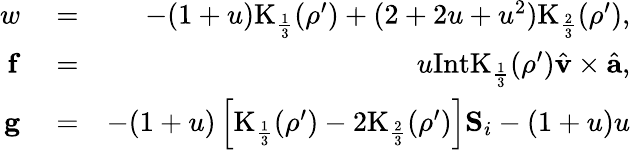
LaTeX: \begin{array}{rlr}{w}&{{}=}&{-(1+u)\mathrm{K}_{\frac{1}{3}}(\rho^{\prime})+(2+2u+u^{2})\mathrm{K}_{\frac{2}{3}}(\rho^{\prime}),}\\ {\mathbf{f}}&{{}=}&{u\mathrm{IntK}_{\frac{1}{3}}(\rho^{\prime})\hat{{\mathbf v}}\times\hat{{\mathbf a}},}\\ {\mathbf{g}}&{{}=}&{-(1+u)\left[\mathrm{K}_{\frac{1}{3}}(\rho^{\prime})-2\mathrm{K}_{\frac{2}{3}}(\rho^{\prime})\right]\mathbf{S}_{i}-(1+u)u}\end{array}